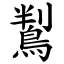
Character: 鵥